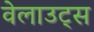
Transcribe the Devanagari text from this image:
वेलाउट्स